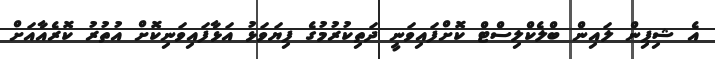
އެ ޝިޕިން ލައިން ބްލެކްލިސްޓް ކޮށްފައިވަނީ ދަތިކުރުމުގެ ފިޔަވަޅު އަޅާފައިވަނިކޮށް އުތުރު ކޮރެއާއަށް